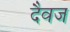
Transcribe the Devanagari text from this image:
दैवज